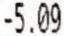
-5.09